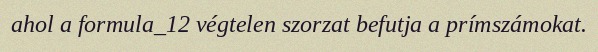
ahol a formula_12 végtelen szorzat befutja a prímszámokat.